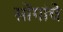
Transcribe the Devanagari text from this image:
सोंगांचे